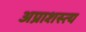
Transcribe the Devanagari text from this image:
अप्राशस्त्य